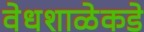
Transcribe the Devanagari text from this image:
वेधशाळेकडे